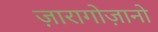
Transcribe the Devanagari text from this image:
ज़ारागोज़ानो